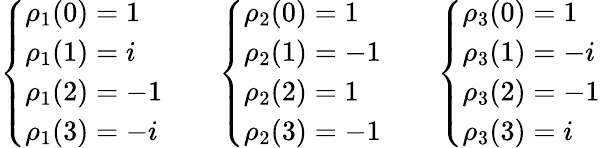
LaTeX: {\left\{ \begin{array}{ll}{\rho_{1}({0})=1}\\ {\rho_{1}({1})=i}\\ {\rho_{1}({2})=-1}\\ {\rho_{1}({3})=-i}\end{array}\right.}\qquad{\left\{ \begin{array}{ll}{\rho_{2}({0})=1}\\ {\rho_{2}({1})=-1}\\ {\rho_{2}({2})=1}\\ {\rho_{2}({3})=-1}\end{array}\right.}\qquad{\left\{ \begin{array}{ll}{\rho_{3}({0})=1}\\ {\rho_{3}({1})=-i}\\ {\rho_{3}({2})=-1}\\ {\rho_{3}({3})=i}\end{array}\right.}